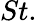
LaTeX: St.